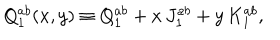
Q _ { 1 } ^ { a b } ( x , y ) \equiv Q _ { 1 } ^ { a b } + x \, J _ { 1 } ^ { a b } + y \, K _ { 1 } ^ { a b } ,